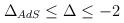
LaTeX: \begin{align*}\Delta_{AdS} \leq \Delta \leq -2\end{align*}